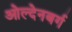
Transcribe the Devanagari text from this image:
ओल्देनबर्ग